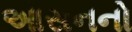
આસનનો